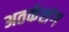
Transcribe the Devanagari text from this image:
अतर्कसंग